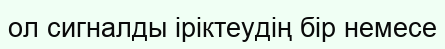
ол сигналды іріктеудің бір немесе